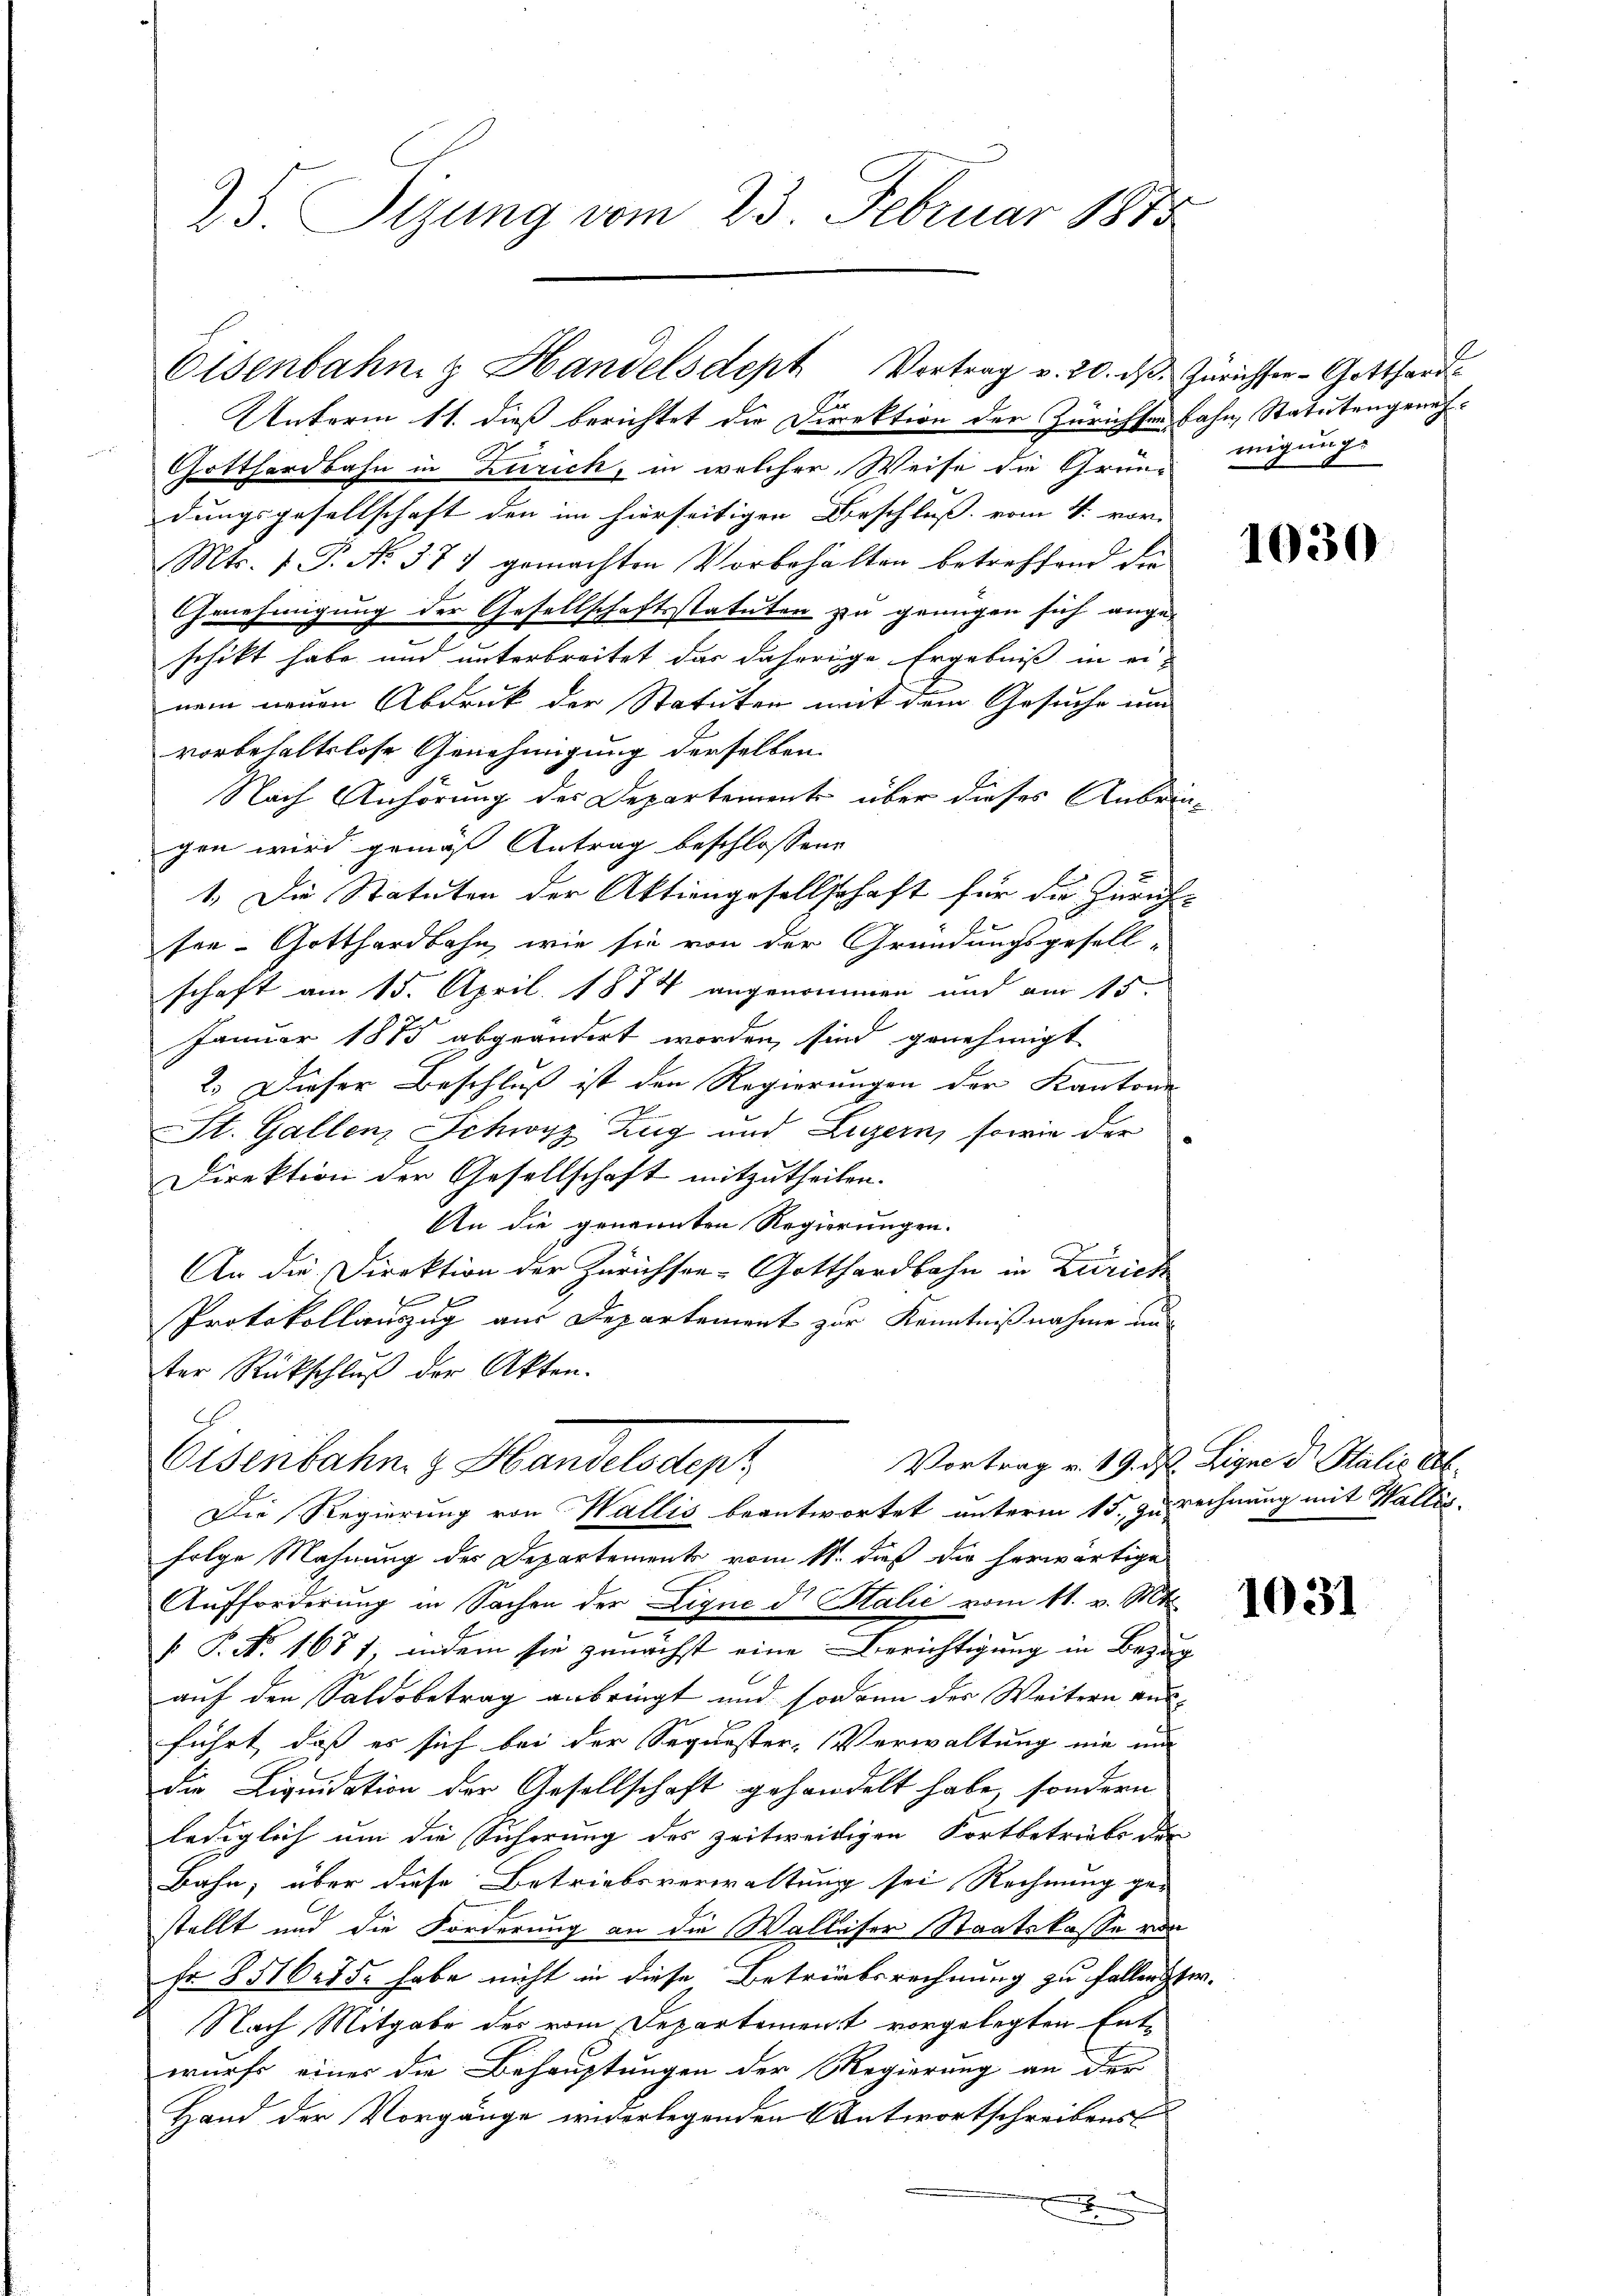
25. Sizung vom 23. Februar 1815

An
Unterm 11. dieß berichtet die Direktion der Zürichsenbahn, Statutengeneh¬
Gotthardbahn in Zürich, in welcher Weise die Grün- migungs
dungsgesellschaft den im hierseitigen Beschluß vom 4. vor-
Mts. 1. P. No. 377 gemachten Vorbehalten betreffend die
Genehmigung der Gesellschaftsstatuten zu genügen sich ange-
schikt habe und unterbreitet das daherige Ergebniß in ei-
nem neuen Abdruk der Statuten mit dem Gesuche um
vorbehaltslose Genehmigung derselben.
Nach Anhörung des Departement über dieses Anbringen wird gemäß Antrag beschlossene
1. Die Statuten der Aktiengesellschaft für die Zürich-
see- Gotthardbahn, wie sie von der Gründungsgesell-
schaft am 15. April 1874 angenommen und am 15.
Januar 1815 abgeändert worden sind genehmigt
2. Dieser Beschluß ist den Regierungen der Kantone |
St. Gallenz Schwyz Zug und Luzern, sowie der
Direktion der Gesellschaft mitzutheilen.
An die genannten Regierungen.
An die Direktion der Zürichsee-Gotthardbahn in Zürich
Protokollauszug aus Departement zur Kenntnißnahme un
ter Rückschluß der Akten.
Vortrag v. 19. d. Signe d Italis Ab¬
Eisenbahn. z. Handelsdep
Die Regierung von Wallis beantwortet unterm 15. zu rechnung mit Wallis.
folge Mahnung der Departement vom 11. dieß die herwärtige
Aufforderung in Sachen der Ligne di Salić vom 11. v. Mts.
 P. No. 1651, indem sie zunächst eine Berichtigung in Bezug
auf den Saldobetrag anbringt und sodann der Weitern aus
führt, daß es sich bei der Sequester-Verwaltung nie und
die Liquidation der Gesellschaft gehandelt habe, sondern
lediglich um die Sicherung des zeitweidigen Fortbetriebe des
Bahn, über diese Betriebsverwaltung sei Rechnung ge-
stellt und die Forderung an die Walliser Staatskasse von
fr 851655. habe nicht in diese Betriebsrechnung zu fallenster.
Nach Mitgabe des vom Departement vorgelegten Ent-
wurfs einer die Behauptungen der Regierung an der
Hand der Vorgänge widerlegenden Antwortschreibens
F

Eisenbahn & Handelsdept Vortrag v. 20. dβ. Zürichter- Gotthard.

1030

1031